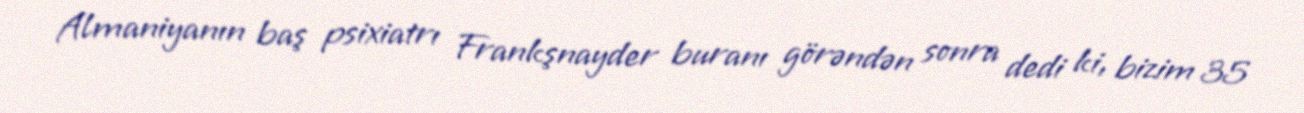
Almaniyanın baş psixiatrı Frankşnayder buranı görəndən sonra dedi ki, bizim 35